Leaving Certificate, 1898
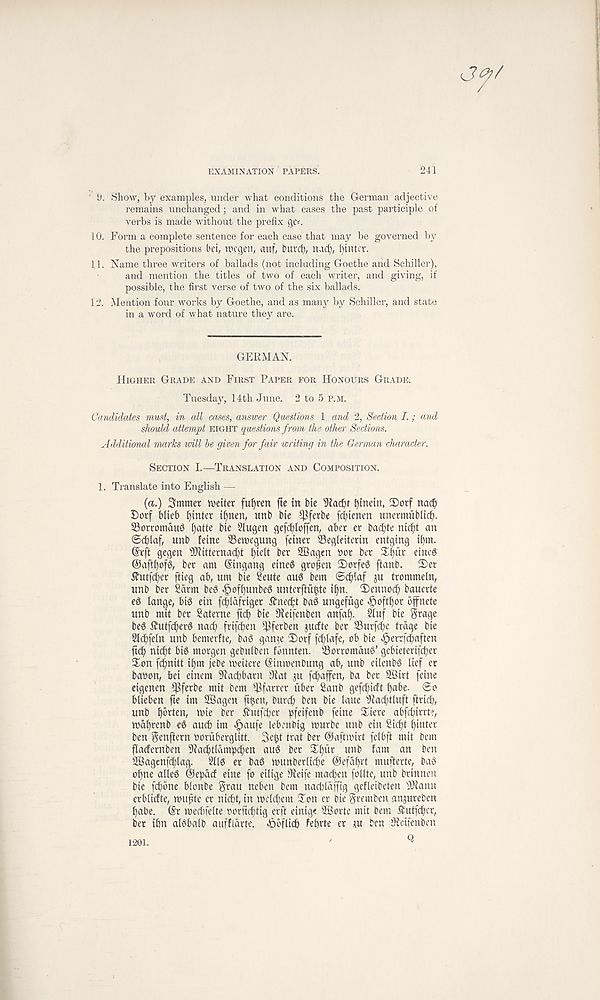
EXAMINATION PAPERS.
241
' 9. Show, by examples, under what conditions the German adjective
remains unchanged; and in what cases the past participle of
verbs is made without the prefix
10. Form a complete sentence for each case that may be governed by
the prepositions bei, ipcgen, cutf, buvcl;, rucfy, Winter.
11. Name three writers of ballads (not including Goethe and Schiller),
and mention the titles of two of each writer, and giving, if
possible, the first verse of two of the six ballads.
12. Mention four works by Goethe, and as many by Schiller, and state
in a word of what nature they are.
GERMAN.
HIGHER GRADE AND FIRST PAPER FOR HONOURS GRADE.
Tuesday, 14th June. 2 to 5 P.M.
Candidates must, in all cases, answer Questions 1 and 2, Section I.; and
should attempt EIGHT questions from the other Sections.
Additional marks will be given for fair writing in the German character.
SECTION I.—TRANSLATION AND COMPOSITION.
1. Translate into English —
(«.) Smmer setter fuljren fie in bie s Jiad)r tyinein, 2)orf nac§
Borf blteb f)inter i|nen, unb bte ^ferbe fc^ienen unermubltd).
SBotromauS f)atfe bie Siugen gefdjloffen, aber er baefyte nicf?t an
©cblaf, unb feme 33en)egung feiner Segleiterin entging if)m.
drft gegen ^itternac^t f)ielt ber SBagen bor ber
eineg
ber am Singang eine^ grofien 2)orfe0 ftanb. 2)et
i?ut|'d)er ffieg ab, um bte Seute au$ bem ©c^laf ju trommeln,
unb ber Sarm beS ^of^unbe0 unterftufjte i^n. 2)ennoc() bauerte
eS lange, bt0 ein fc^lafriger i?ned^t ba$ ungefuge ^oftf)or bffnete
unb mit ber Saterne ftd() bte Oieifenben anfaf). #uf bie Stage
be0 ifutfc^er0 nad> frtfdien ^3ferben jucfte ber ©urft^e trdge bte
2ld)feln unb bemerfte, bag gan.^e Dorf fdilafe, ob bie ^errf^aften
ftd) niebt big morgen gebuibett fonnten. SSorromdug’ gebieterifeber
Son febnitt ibm jebe meitere (Stnmenbung ab, unb eilenbg lief er
baoon, bei einem ^iacbbartt 3(at ju febaffen, ba ber SBirt feine
eigenen )]}ferbe mit bem f^farrer fiber Sanb geftbidt babe- ®o
blieben fie im SBagen ftben, Durd) ben bie laue s Jiaditluft ftricb,
unb batten, mie ber ihttfiber bf e if en b feine Xiere abfcbirrte,
mabrenb eg aucb im ^)aufe lebeubig murbe unb ein Sicbt binter
ben Senftern oorfiberglitt. Se^t trat ber ©aftmirt felbft mit bem
fladernben 9ia<btldmbcben aug ber ^b^t unb fam an ben
SBagenfcblag. Stlg er bag tmtnberlicbe ©efdbrt mufterte, bag
obne alleg ©epatf eine fo eilige Dieife madden follte, unb brinnen
bie ftbone blonbe Srau neben bem nacbldffig gefleibeten fDiann
erbliefte, ttntfte er nieft, in welcbem 5Ion er bie Sremben anjureben
babe. @r mecbfelte oorftebtig erft einige 2Borte mit bem ^utfeber,
ber ibn algbalb attffldrte. dDbflicb febrte er m ben Oictfenben
Q
1201.